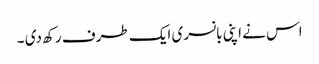
اس نے اپنی بانسری ایک طرف رکھ دی ۔